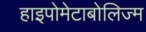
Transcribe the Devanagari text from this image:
हाइपोमेटाबोलिज्म